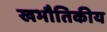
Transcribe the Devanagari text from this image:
खभौतिकीय